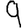
Digit: 9